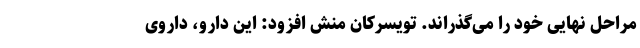
مراحل نهایی خود را می‌گذراند. تویسرکان منش افزود: این دارو، داروی